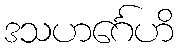
ဒသဟင်္ဂေဟိ